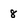
Character: 8